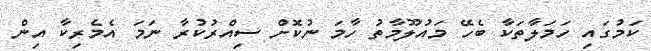
ކަމުގައި ހަމަލާތަކާ ބެހޭ މައުލޫމާތު ހާމަ ނުކޮށް ސިއްރުކުރާ ނަމަ އެމެރިކާ އިން